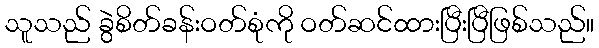
သူသည် ခွဲစိတ်ခန်းဝတ်စုံကို ဝတ်ဆင်ထားပြီးပြီဖြစ်သည်။